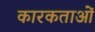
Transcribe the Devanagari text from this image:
कारकताओं